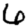
Digit: 6